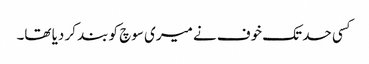
کسی حد تک خوف نے میری سوچ کو بند کر دیا تھا۔